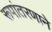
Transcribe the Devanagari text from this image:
रूपांतरणाने